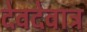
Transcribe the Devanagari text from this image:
देवदेवात्र